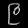
Digit: ၉